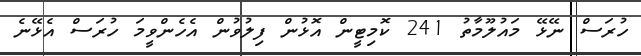
ހުރަސް ނޭޅޭ މައުލޫމާތު 241 ކޮމިޓީން އޮޅުން ފިލުވުން އެހެންވީމަ ހުރަސް އެޅޭނެ